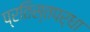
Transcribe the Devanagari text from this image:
प्रतिस्तपर्धा